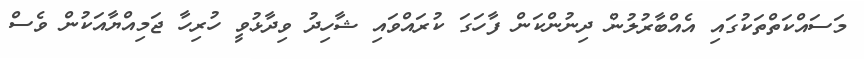
މަސައްކަތްތަކުގައި އެއްބާރުލުން ދިނުންކަން ފާހަގަ ކުރައްވައި ޝާހިދު ވިދާޅުވީ ހުރިހާ ޖަމިއްޔާއަކުން ވެސް